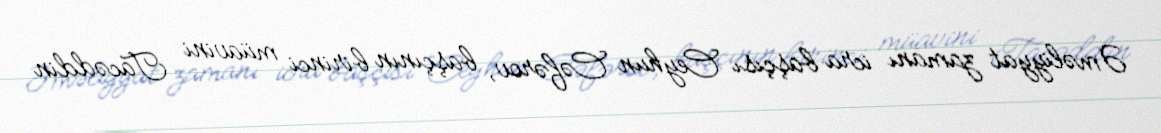
Əməliyyat zamanı icra başçısı Ceyhun Cəfərov, başçının birinci müavini Tacəddin